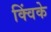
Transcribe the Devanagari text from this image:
क्विंके